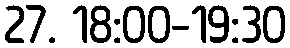
27. 18:00-19:30